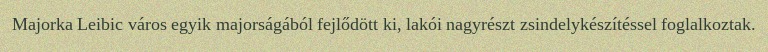
Majorka Leibic város egyik majorságából fejlődött ki, lakói nagyrészt zsindelykészítéssel foglalkoztak.